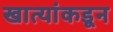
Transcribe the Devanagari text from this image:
खात्यांकडून